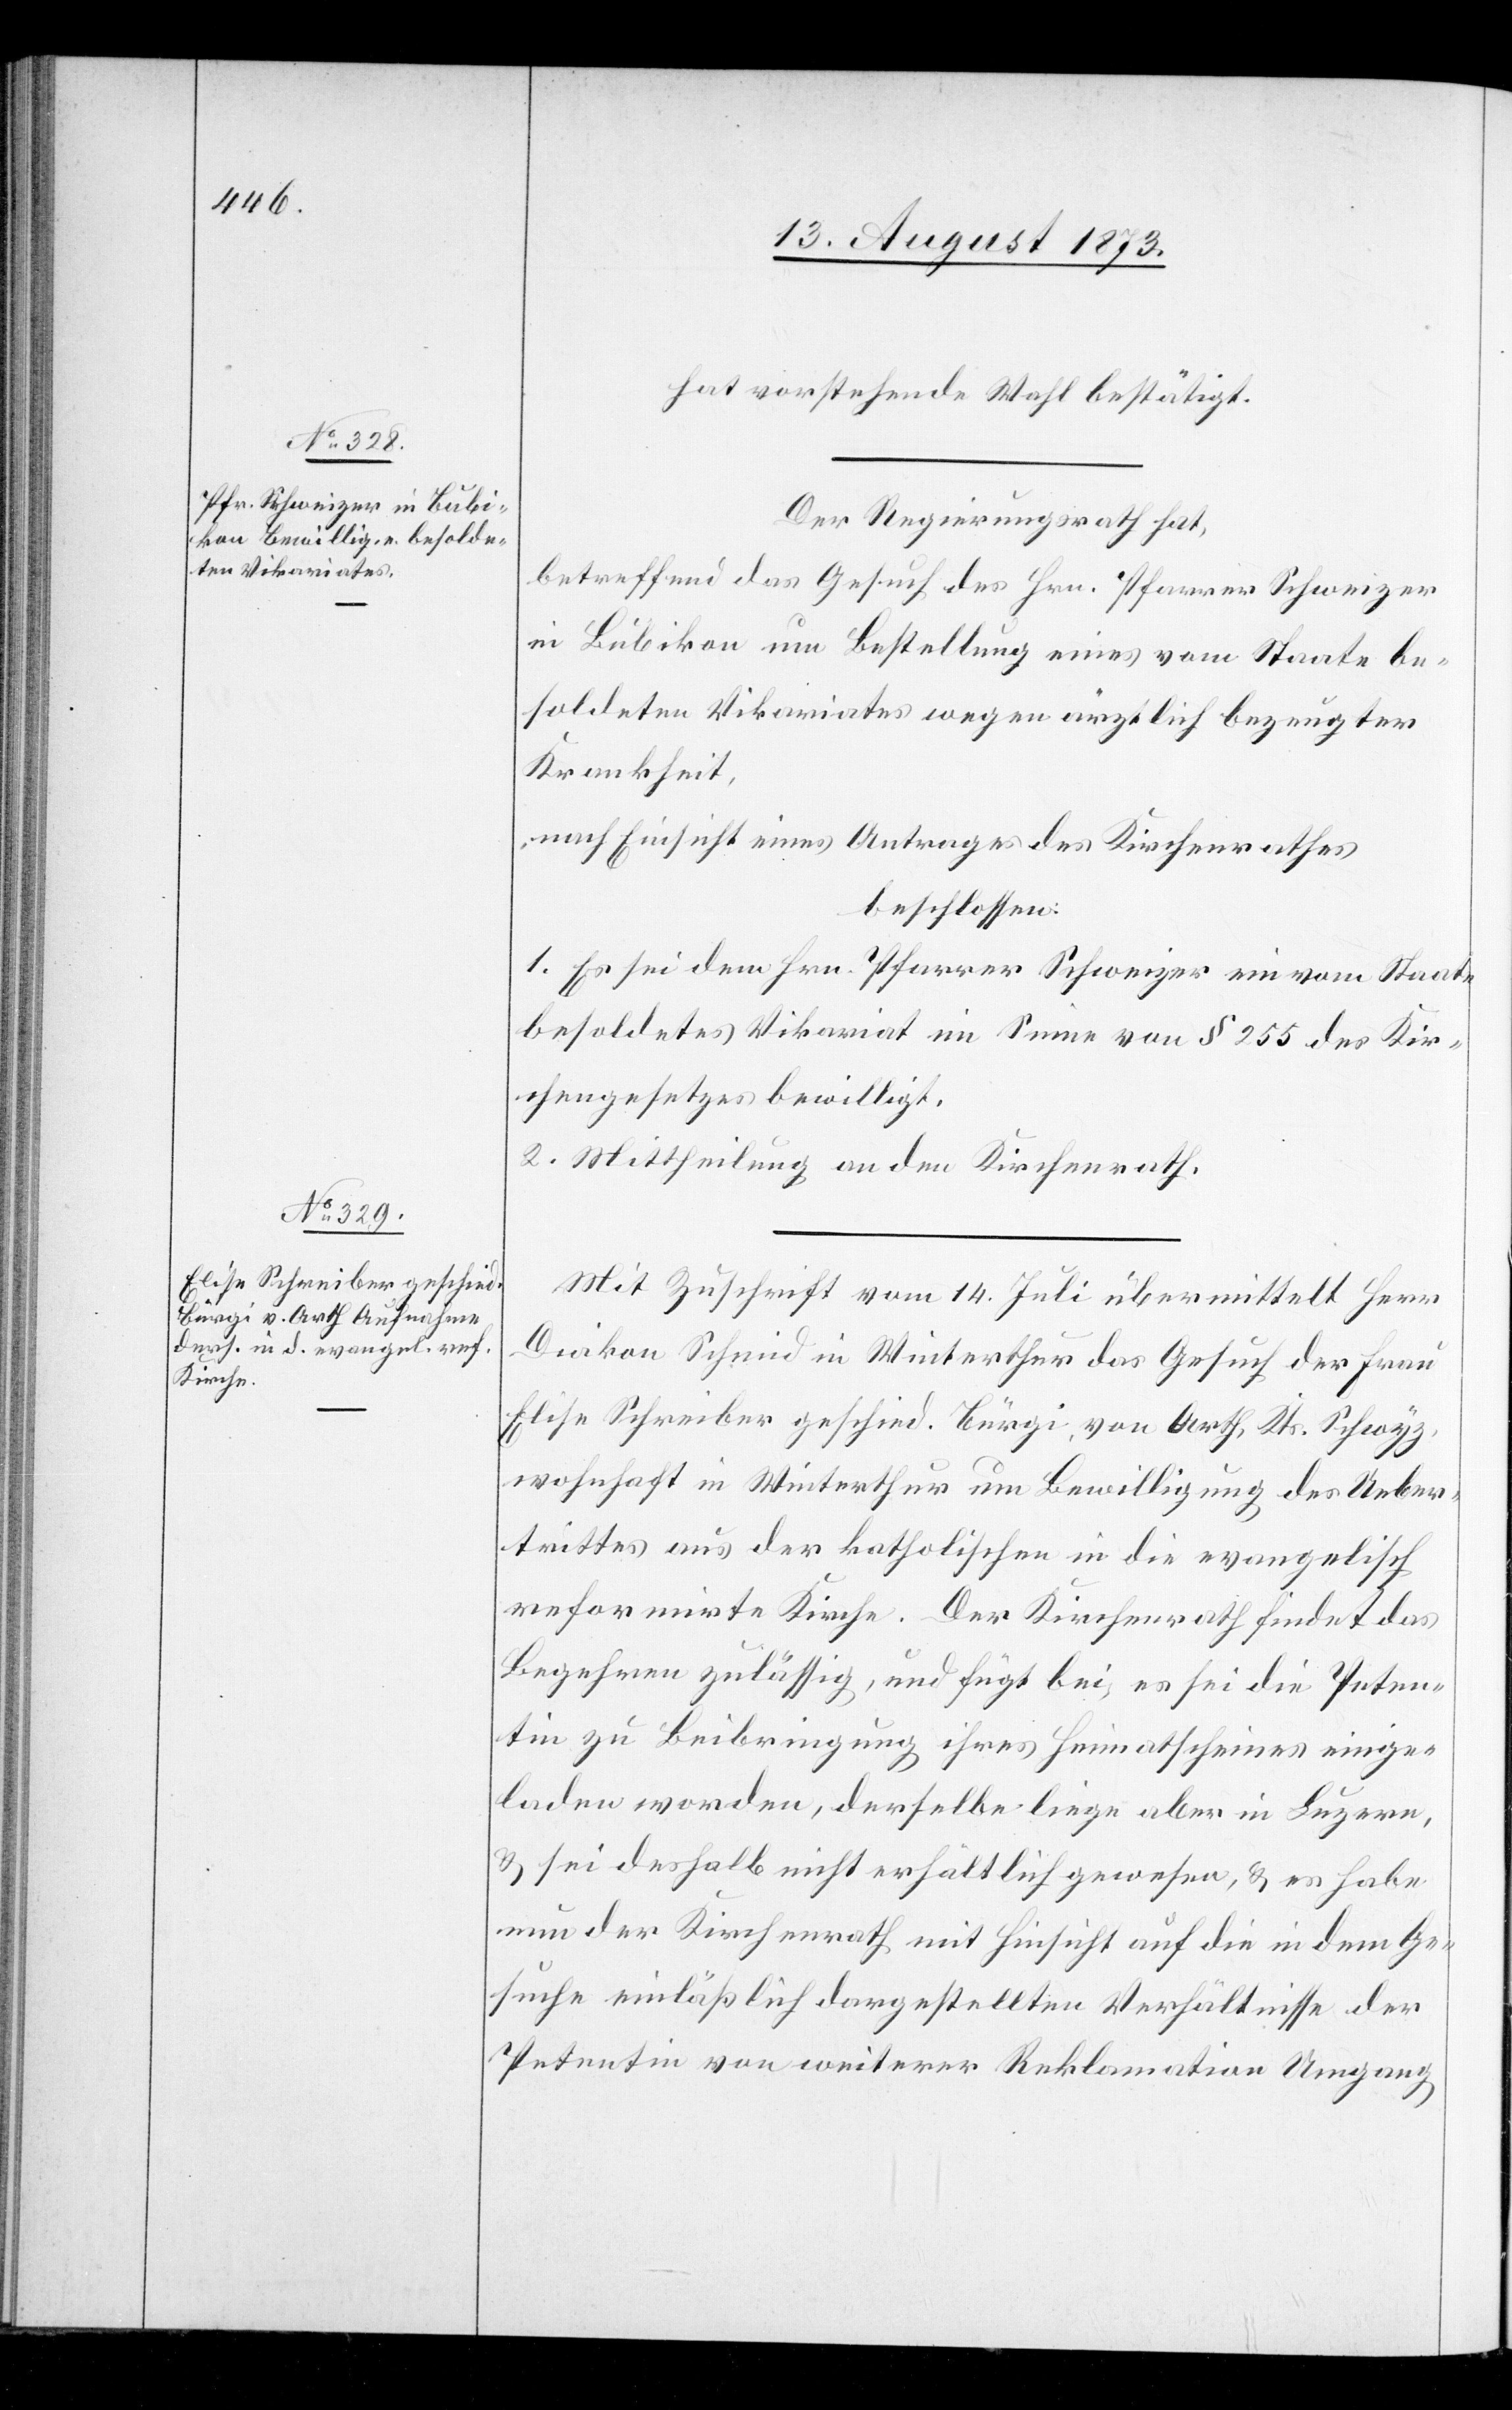
hat vorstehende Wahl bestätigt.
Der Regierungsrath hat,
betreffend das Gesuch des Hrn. Pfarrer Schweizer
in Bubikon um Bestellung eines vom Staate be¬
soldeten Vikariates wegen ärztlich bezeugter
Krankheit,
nach Einsicht eines Antrages des Kirchenrathes
beschlossen:
1. Es sei dem Hrn. Pfarrer Schweizer ein vom Staate
besoldetes Vikariat im Sinne von § 255 des Kir¬
chengesetzes bewilligt.
2. Mittheilung an den Kirchenrath.
Mit Zuschrift vom 14. Juli übermittelt Herr
Diakon Schmid in Winterthur das Gesuch der Frau
Elise Schreiber geschied. Bürgi, von Arth, Kts. Schwyz,
wohnhaft in Winterthur um Bewilligung des Ueber¬
trittes aus der katholischen in die evangelisch
reformirte Kirche. Der Kirchenrath findet das
Begehren zulässig, und fügt bei, es sei die Peten¬
tin zu Beibringung ihres Heimatscheines einge¬
laden worden, derselbe liege aber in Luzern,
& sei deshalb nicht erhältlich gewesen, & es habe
nun der Kirchenrath mit Hinsicht auf die in dem Ge¬
suche einläßlich dargestellten Verhältnisse der
Petentin von weiterer Reklamation Umgang